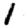
Digit: 1